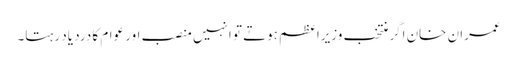
عمران خان اگر منتخب وزیراعظم ہوتے تو انہیں منصب اور عوام کا درد یاد رہتا۔